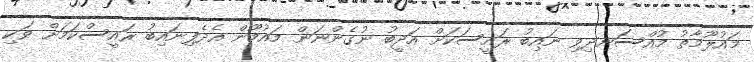
މައުލޫމާތު މުއްސަނދިވި ނައިބު ރައީސަކަށް އަދީބު ނުގެންނަން މައުމޫން އެދެފިނައިބު ރައީސްކަމަށް ވަކި